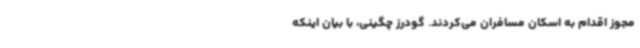
مجوز اقدام به اسکان مسافران می‌کردند. گودرز چگینی، با بیان اینکه